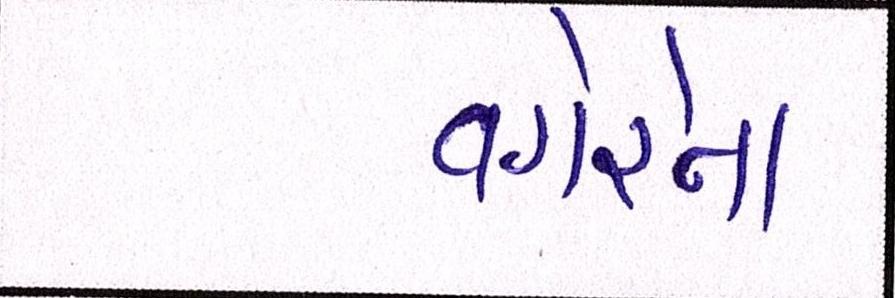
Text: વગેરેના